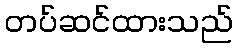
တပ်ဆင်ထားသည်